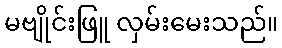
မဗျိုင်းဖြူ လှမ်းမေးသည်။